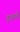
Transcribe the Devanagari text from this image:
द्रावानी